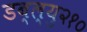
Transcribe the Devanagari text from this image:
डब्ल्यु२१०